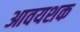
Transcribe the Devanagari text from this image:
आवयशक